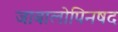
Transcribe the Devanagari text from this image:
जाबालोपिनषद